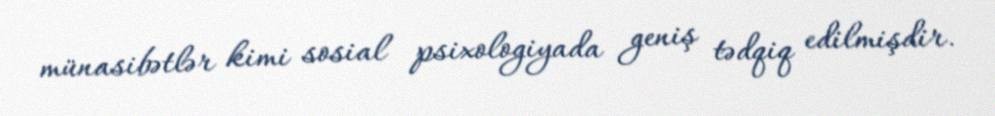
münasibətlər kimi sosial psixologiyada geniş tədqiq edilmişdir.